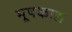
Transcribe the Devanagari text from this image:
मूषकाद्य